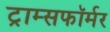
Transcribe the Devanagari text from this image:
ट्राम्सफॉर्मर